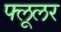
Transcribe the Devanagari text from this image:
फ्लूलर